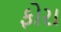
ફોરા